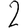
Digit: 2